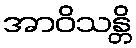
အာဝိသန္တိ